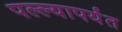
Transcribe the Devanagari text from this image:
पल्ल्यापर्यंत